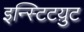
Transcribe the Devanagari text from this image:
इन्स्टिटय़ुट